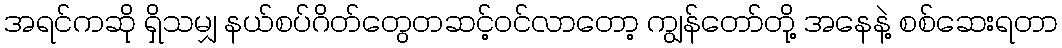
အရင်ကဆို ရှိသမျှ နယ်စပ်ဂိတ်တွေတဆင့်ဝင်လာတော့ ကျွန်တော်တို့ အနေနဲ့ စစ်ဆေးရတာ